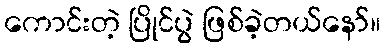
ကောင်းတဲ့ ပြိုင်ပွဲ ဖြစ်ခဲ့တယ်နော်။